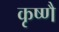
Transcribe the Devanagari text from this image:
कृष्णै